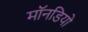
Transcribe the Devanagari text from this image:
मॉनडियो